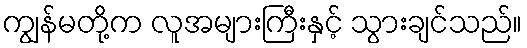
ကျွန်မတို့က လူအများကြီးနှင့် သွားချင်သည်။